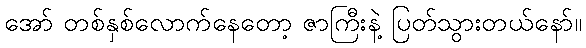
အော် တစ်နှစ်လောက်နေတော့ ဇာကြီးနဲ့ ပြတ်သွားတယ်နော်။